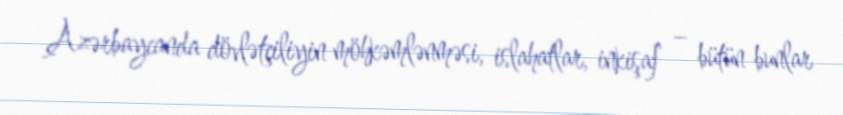
Azərbaycanda dövlətçiliyin möhkəmlənməsi, islahatlar, inkişaf – bütün bunlar